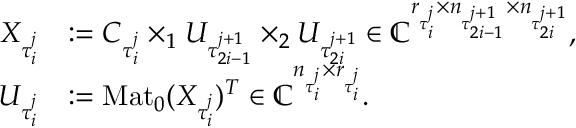
\begin{array} { r l } { X _ { \tau _ { i } ^ { j } } } & { : = C _ { \tau _ { i } ^ { j } } \times _ { 1 } U _ { \tau _ { 2 i - 1 } ^ { j + 1 } } \times _ { 2 } U _ { \tau _ { 2 i } ^ { j + 1 } } \in \mathbb { C } ^ { r _ { \tau _ { i } ^ { j } } \times n _ { \tau _ { 2 i - 1 } ^ { j + 1 } } \times n _ { \tau _ { 2 i } ^ { j + 1 } } } , } \\ { U _ { \tau _ { i } ^ { j } } } & { : = \mathrm { M a t } _ { 0 } ( X _ { \tau _ { i } ^ { j } } ) ^ { T } \in \mathbb { C } ^ { n _ { \tau _ { i } ^ { j } } \times r _ { \tau _ { i } ^ { j } } } . } \end{array}